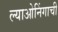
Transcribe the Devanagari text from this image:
ल्याओनिंगाची